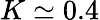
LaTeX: K\simeq 0.4